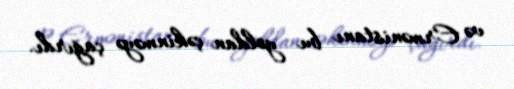
və Ermənistanı bu yoldan çəkinməyə çağırdı.